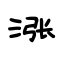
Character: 涨